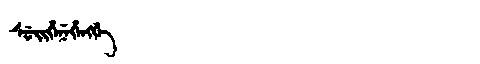
Manchu: ᠰᡠᡳᡥᡝᠨᡝᡥᡝᠩᡤᡝ
Romanization: SUIHENEHENGGE